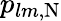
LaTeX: p_{lm,\mathrm{N}}